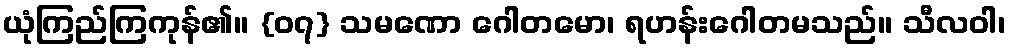
ယုံကြည်ကြကုန်၏။ {၀၇} သမဏော ဂေါတမော၊ ရဟန်းဂေါတမသည်။ သီလဝါ၊